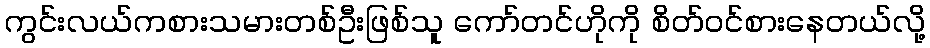
ကွင်းလယ်ကစားသမားတစ်ဦးဖြစ်သူ ကော်တင်ဟိုကို စိတ်ဝင်စားနေတယ်လို့